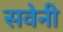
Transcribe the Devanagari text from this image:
सवेनी